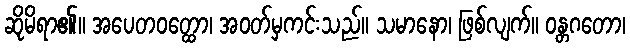
ဆိုမိရာ၏။ အပေတဝတ္ထော၊ အဝတ်မှကင်းသည်။ သမာနော၊ ဖြစ်လျက်။ ဝန္တဂတော၊